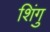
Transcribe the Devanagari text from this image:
शिंगु